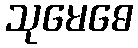
သုမေဓေ